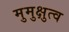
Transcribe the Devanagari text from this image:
मुमुक्षुत्व